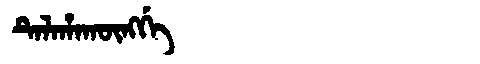
Manchu: ᡨᡝᠯᠠᡥᠠᡴᡡᠩᡤᡝ
Romanization: TELAHAKŪNGGE